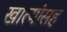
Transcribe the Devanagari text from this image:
खात्यांसह